Scientific memoirs by medical officers of the Army of India - Part I,
Year: 1884
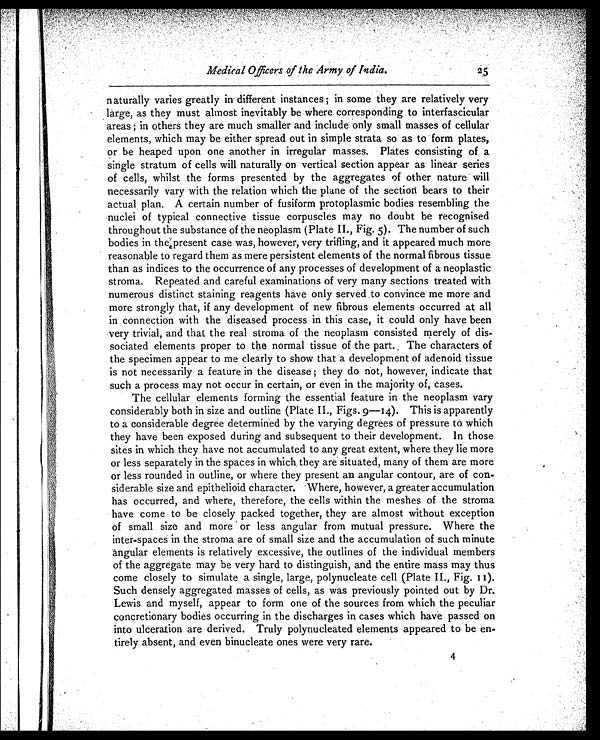
Medical Officers of the Army of India.
25
naturally varies greatly in different instances; in some they are relatively very
large, as they must almost inevitably be where corresponding to interfascicular
areas; in others they are much smaller and include only small masses of cellular
elements, which may be either spread out in simple strata so as to form plates,
or be heaped upon one another in irregular masses. Plates consisting of a
single stratum of cells will naturally on vertical section appear as linear series
of cells, whilst the forms presented by the aggregates of other nature will
necessarily vary with the relation which the plane of the section bears to their
actual plan. A certain number of fusiform protoplasmic bodies resembling the
nuclei of typical connective tissue corpuscles may no doubt be recognised
throughout the substance of the neoplasm (Plate II., Fig. 5). The number of such
bodies in the present case was, however, very trifling, and it appeared much more
reasonable to regard them as mere persistent elements of the normal fibrous tissue
than as indices to the occurrence of any processes of development of a neoplastic
stroma. Repeated and careful examinations of very many sections treated with
numerous distinct staining reagents have only served to convince me more and
more strongly that, if any development of new fibrous elements occurred at all
in connection with the diseased process in this case, it could only have been
very trivial, and that the real stroma of the neoplasm consisted merely of dis
-sociated elements proper to the normal tissue of the part. The characters of
the specimen appear to me clearly to show that a development of adenoid tissue
is not necessarily a feature in the disease; they do not, however, indicate that
such a process may not occur in certain, or even in the majority of, cases.
The cellular elements forming the essential feature in the neoplasm vary
considerably both in size and outline (Plate II., Figs. 9—14). This is apparently
to a considerable degree determined by the varying degrees of pressure to which
they have been exposed during and subsequent to their development. In those
sites in which they have not accumulated to any great extent, where they lie more
or less separately in the spaces in which they are situated, many of them are more
or less rounded in outline, or where they present an angular contour, are of con
-siderable size and epithelioid character. Where, however, a greater accumulation
has occurred, and where, therefore, the cells within the meshes of the stroma
have come to be closely packed together, they are almost without exception
of small size and more or less angular from mutual pressure. Where the
inter-spaces in the stroma are of small size and the accumulation of such minute
Angular elements is relatively excessive, the outlines of the individual members
of the aggregate may be very hard to distinguish, and the entire mass may thus
come closely to simulate a single, large, polynucleate cell (Plate II., Fig. 11).
Such densely aggregated masses of cells, as was previously pointed out by Dr.
Lewis and myself, appear to form one of the sources from which the peculiar
concretionary bodies occurring in the discharges in cases which have passed on
into ulceration are derived. Truly polynucleated elements appeared to be en
-tirely absent, and even binucleate ones were very rare.
4